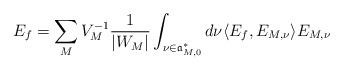
LaTeX: \begin{align*} E_f = \sum_{M} V_M^{-1} \frac{1}{|W_M|} \int_{\nu \in \mathfrak{a}_{M,0}^*} d\nu \langle E_f, E_{M,\nu} \rangle E_{M,\nu}\end{align*}